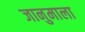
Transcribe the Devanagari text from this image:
जानुमाला